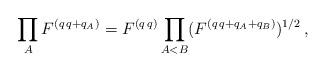
LaTeX: \begin{align*}\prod_AF^{(q\,q+q_A)}=F^{(q\,q)}\prod_{A<B}(F^{(q\,q+q_A+q_B)})^{1/2}\,,\end{align*}